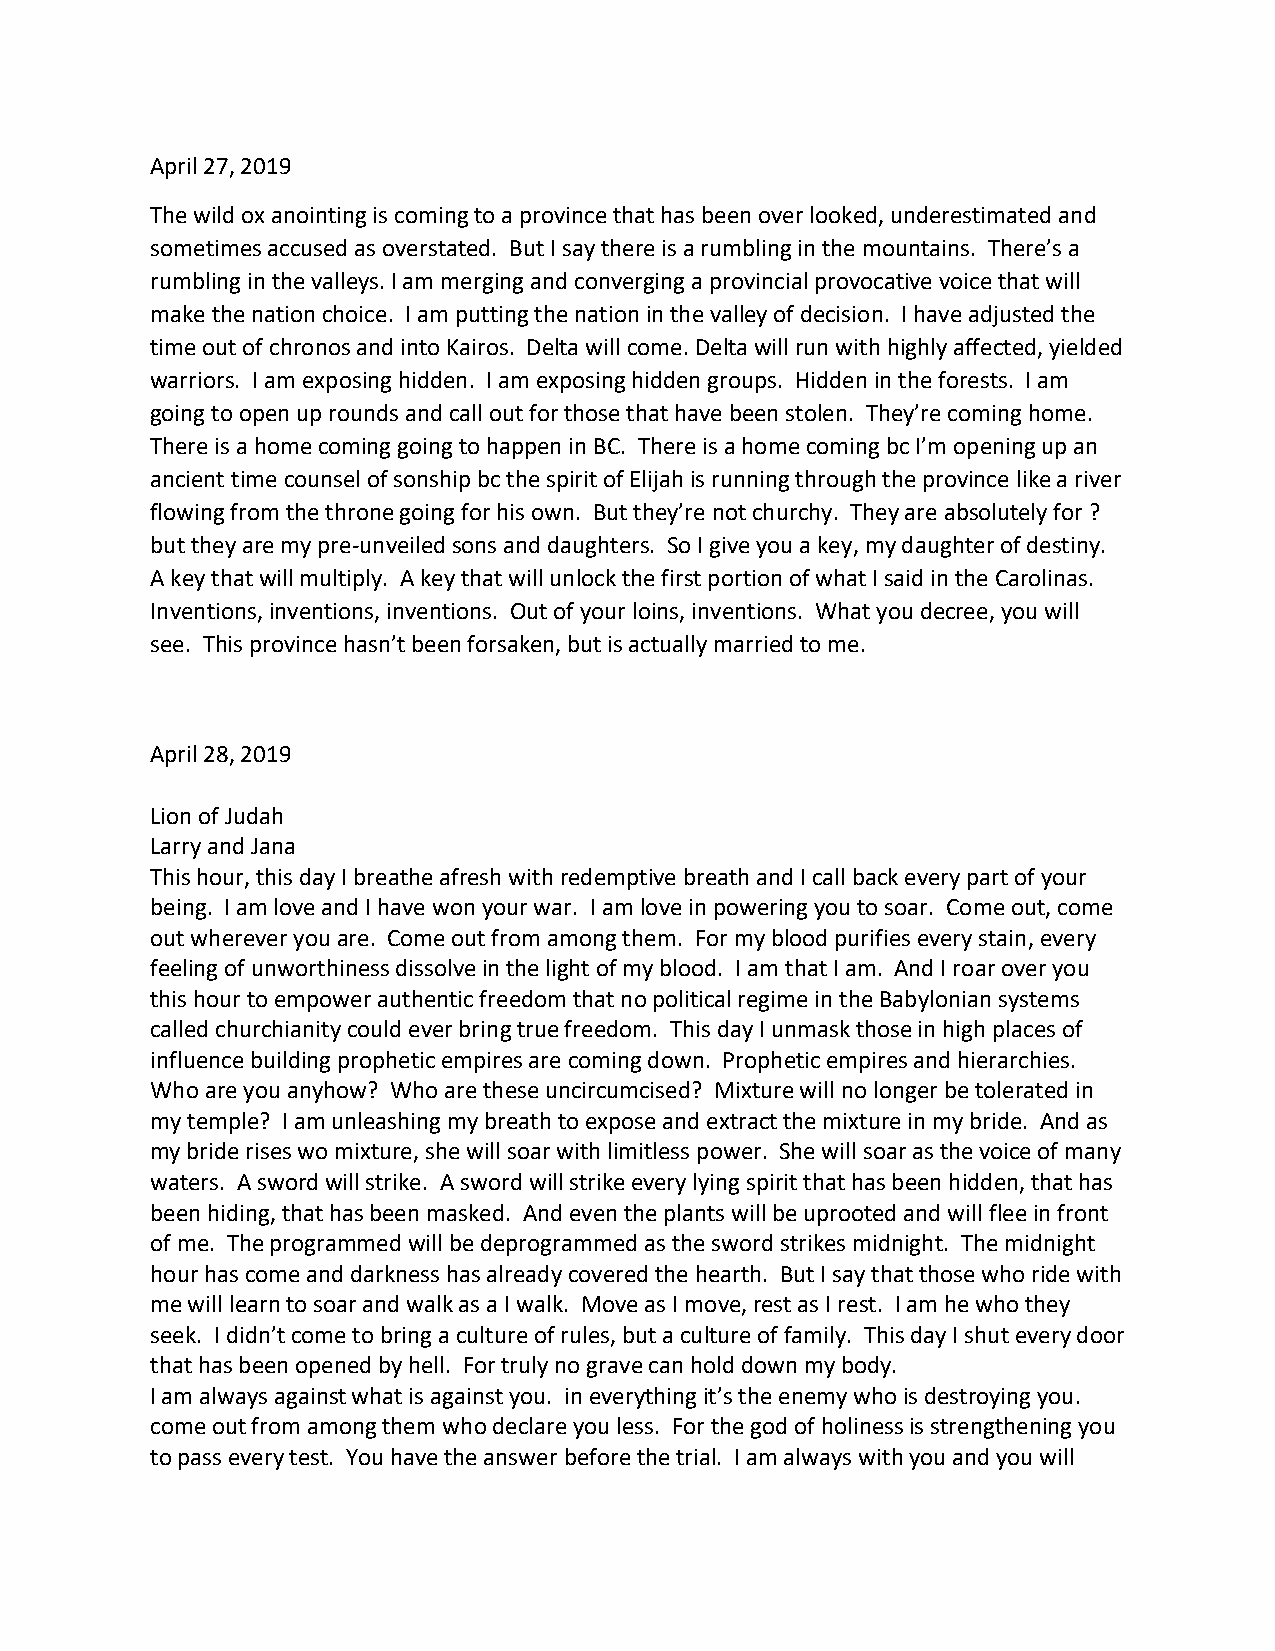
April 27, 2019
 The wild ox anointing is coming to a province that has been over looked, underestimated and
 sometimes accused as overstated. But I say there is a rumbling in the mountains. There’s a
 rumbling in the valleys. I am merging and converging a provincial provocative voice that will
 make the nation choice. I am putting the nation in the valley of decision. I have adjusted the
 time out of chronos and into Kairos. Delta will come. Delta will run with highly affected, yielded
 warriors. I am exposing hidden. I am exposing hidden groups. Hidden in the forests. I am
 going to open up rounds and call out for those that have been stolen. They’re coming home.
 There is a home coming going to happen in BC. There is a home coming bc I’m opening up an
 ancient time counsel of sonship bc the spirit of Elijah is running through the province like a river
 flowing from the throne going for his own. But they’re not churchy. They are absolutely for ?
 but they are my pre-unveiled sons and daughters. So I give you a key, my daughter of destiny.
 A key that will multiply. A key that will unlock the first portion of what I said in the Carolinas.
 Inventions, inventions, inventions. Out of your loins, inventions. What you decree, you will
 see. This province hasn’t been forsaken, but is actually married to me.
 April 28, 2019
 Lion of Judah
 Larry and Jana
 This hour, this day I breathe afresh with redemptive breath and I call back every part of your
 being. I am love and I have won your war. I am love in powering you to soar. Come out, come
 out wherever you are. Come out from among them. For my blood purifies every stain, every
 feeling of unworthiness dissolve in the light of my blood. I am that I am. And I roar over you
 this hour to empower authentic freedom that no political regime in the Babylonian systems
 called churchianity could ever bring true freedom. This day I unmask those in high places of
 influence building prophetic empires are coming down. Prophetic empires and hierarchies.
 Who are you anyhow? Who are these uncircumcised? Mixture will no longer be tolerated in
 my temple? I am unleashing my breath to expose and extract the mixture in my bride. And as
 my bride rises wo mixture, she will soar with limitless power. She will soar as the voice of many
 waters. A sword will strike. A sword will strike every lying spirit that has been hidden, that has
 been hiding, that has been masked. And even the plants will be uprooted and will flee in front
 of me. The programmed will be deprogrammed as the sword strikes midnight. The midnight
 hour has come and darkness has already covered the hearth. But I say that those who ride with
 me will learn to soar and walk as a I walk. Move as I move, rest as I rest. I am he who they
 seek. I didn’t come to bring a culture of rules, but a culture of family. This day I shut every door
 that has been opened by hell. For truly no grave can hold down my body.
 I am always against what is against you. in everything it’s the enemy who is destroying you.
 come out from among them who declare you less. For the god of holiness is strengthening you
 to pass every test. You have the answer before the trial. I am always with you and you will